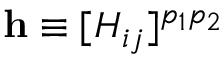
\mathbf h \equiv [ H _ { i j } ] ^ { p _ { 1 } p _ { 2 } }